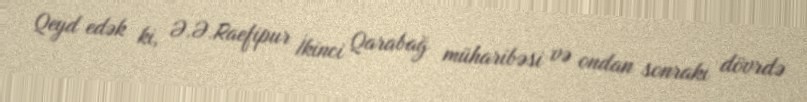
Qeyd edək ki, Ə.Ə.Raefipur İkinci Qarabağ müharibəsi və ondan sonrakı dövrdə